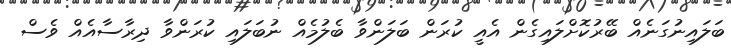
ބަލައިނުގަނެއް ބޭރުކޮށްލައިގެން އެއީ ކުރަން ބަލަންވާ ބެލުމެއް ނުބަލައި ކުރަންވާ ދިރާސާއެއް ވެސް